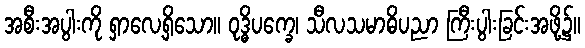
အစီးအပွါးကို ရှာလေ့ရှိသော။ ဝုဒ္ဓိပက္ခေ၊ သီလသမာဓိပညာ ကြီးပွါးခြင်းအဖို့၌။